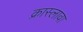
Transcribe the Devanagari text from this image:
क्रास्लावा